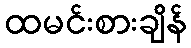
ထမင်းစားချိန်